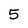
Character: 5